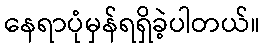
နေရာပုံမှန်ရရှိခဲ့ပါတယ်။